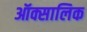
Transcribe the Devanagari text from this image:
ऑक्सालिक